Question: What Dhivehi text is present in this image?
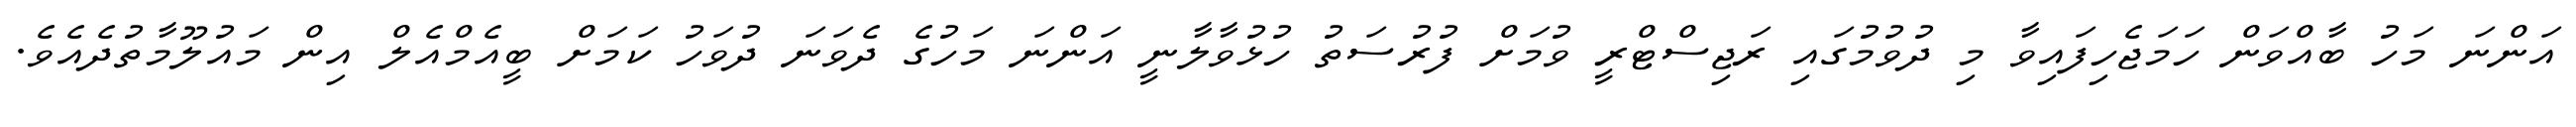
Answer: އަންނަ މަހު ބާއްވަން ހަމަޖެހިފައިވާ މި ދުވުމުގައި ރަޖިސްޓްރީ ވުމަށް ފުރުސަތު ހުޅުވާލާނީ އަންނަ މަހުގެ ދެވަނަ ދުވަހު ކަމަށް ބީއެމްއެލް އިން މައުލޫމާތުދެއެވެ.